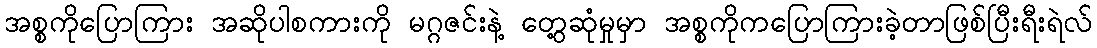
အစ္စကိုပြောကြား အဆိုပါစကားကို မဂ္ဂဇင်းနဲ့ တွေ့ဆုံမှုမှာ အစ္စကိုကပြောကြားခဲ့တာဖြစ်ပြီးရီးရဲလ်